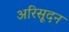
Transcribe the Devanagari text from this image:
अरिसूदन